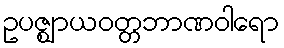
ဥပဇ္ဈာယဝတ္တဘာဏဝါရော